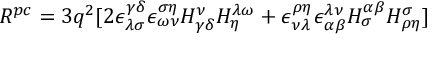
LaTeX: R ^ { p c } = 3 q ^ { 2 } [ 2 \epsilon _ { \lambda \sigma } ^ { \gamma \delta } \epsilon _ { \omega \nu } ^ { \sigma \eta } H _ { \gamma \delta } ^ { \nu } H _ { \eta } ^ { \lambda \omega } + \epsilon _ { \nu \lambda } ^ { \rho \eta } \epsilon _ { \alpha \beta } ^ { \lambda \nu } H _ { \sigma } ^ { \alpha \beta } H _ { \rho \eta } ^ { \sigma } ]